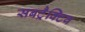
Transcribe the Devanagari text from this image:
सबट्रैक्टिव